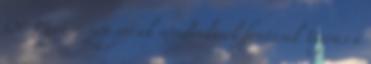
OE Mert a szép versek mindenkinek fontosak Ugrás a